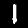
Label: 1